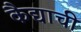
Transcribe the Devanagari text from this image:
कैद्याची